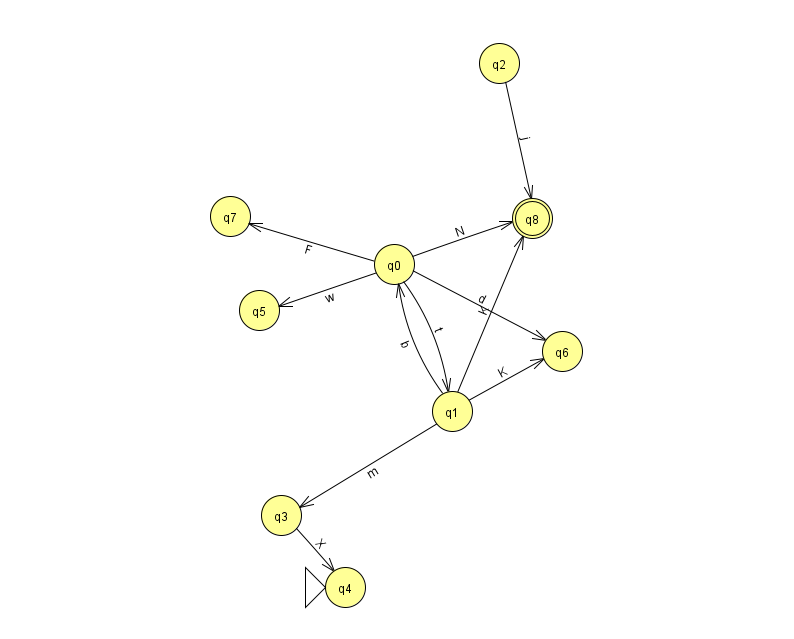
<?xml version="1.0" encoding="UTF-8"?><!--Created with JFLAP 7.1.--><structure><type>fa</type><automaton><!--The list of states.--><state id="0" name="q0"><x>394.0</x><y>251.0</y></state><state id="1" name="q1"><x>452.0</x><y>398.0</y></state><state id="2" name="q2"><x>499.0</x><y>50.0</y></state><state id="3" name="q3"><x>281.0</x><y>502.0</y></state><state id="4" name="q4"><x>345.0</x><y>574.0</y><initial/></state><state id="5" name="q5"><x>259.0</x><y>297.0</y></state><state id="6" name="q6"><x>562.0</x><y>338.0</y></state><state id="7" name="q7"><x>230.0</x><y>203.0</y></state><state id="8" name="q8"><x>532.0</x><y>205.0</y><final/></state><!--The list of transitions.--><transition><from>0</from><to>5</to><read>w</read></transition><transition><from>1</from><to>6</to><read>K</read></transition><transition><from>3</from><to>4</to><read>X</read></transition><transition><from>0</from><to>8</to><read>N</read></transition><transition><from>2</from><to>8</to><read>j</read></transition><transition><from>0</from><to>6</to><read>d</read></transition><transition><from>1</from><to>0</to><read>b</read></transition><transition><from>0</from><to>7</to><read>F</read></transition><transition><from>1</from><to>8</to><read>K</read></transition><transition><from>1</from><to>3</to><read>m</read></transition><transition><from>0</from><to>1</to><read>t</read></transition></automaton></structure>